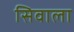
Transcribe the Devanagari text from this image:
सिवाला